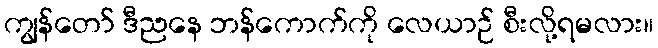
ကျွန်တော် ဒီညနေ ဘန်ကောက်ကို လေယာဉ် စီးလို့ရမလား။